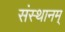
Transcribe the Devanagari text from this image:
संस्थानम्